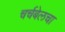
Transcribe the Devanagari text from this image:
चर्चबेलचा